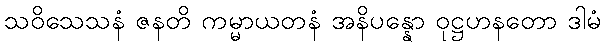
သဝိသေသနံ ဇနတိ ကမ္မာယတနံ အနိပန္နော ဝုဋ္ဌဟနတော ဒါမံ